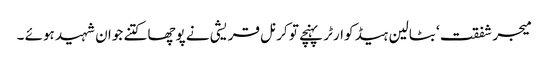
میجر شفقت ‘ بٹالین ہیڈ کوارٹر پہنچے تو کرنل قریشی نے پوچھا کتنے جوان شہید ہوئے ۔